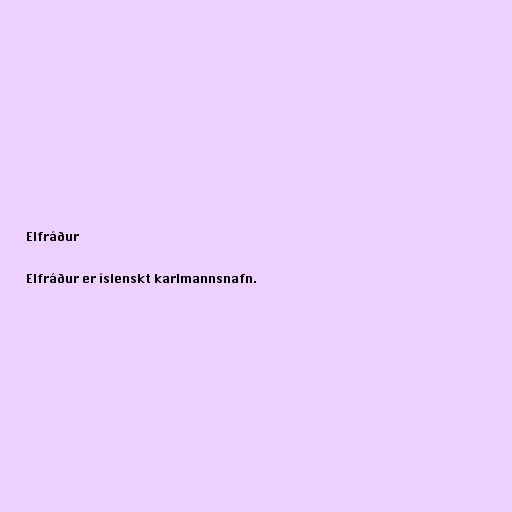
Elfráður

Elfráður er íslenskt karlmannsnafn.